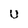
Character: U